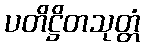
ပတိဋ္ဌိတသုတ္တံ